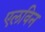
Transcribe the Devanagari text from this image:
एलविन